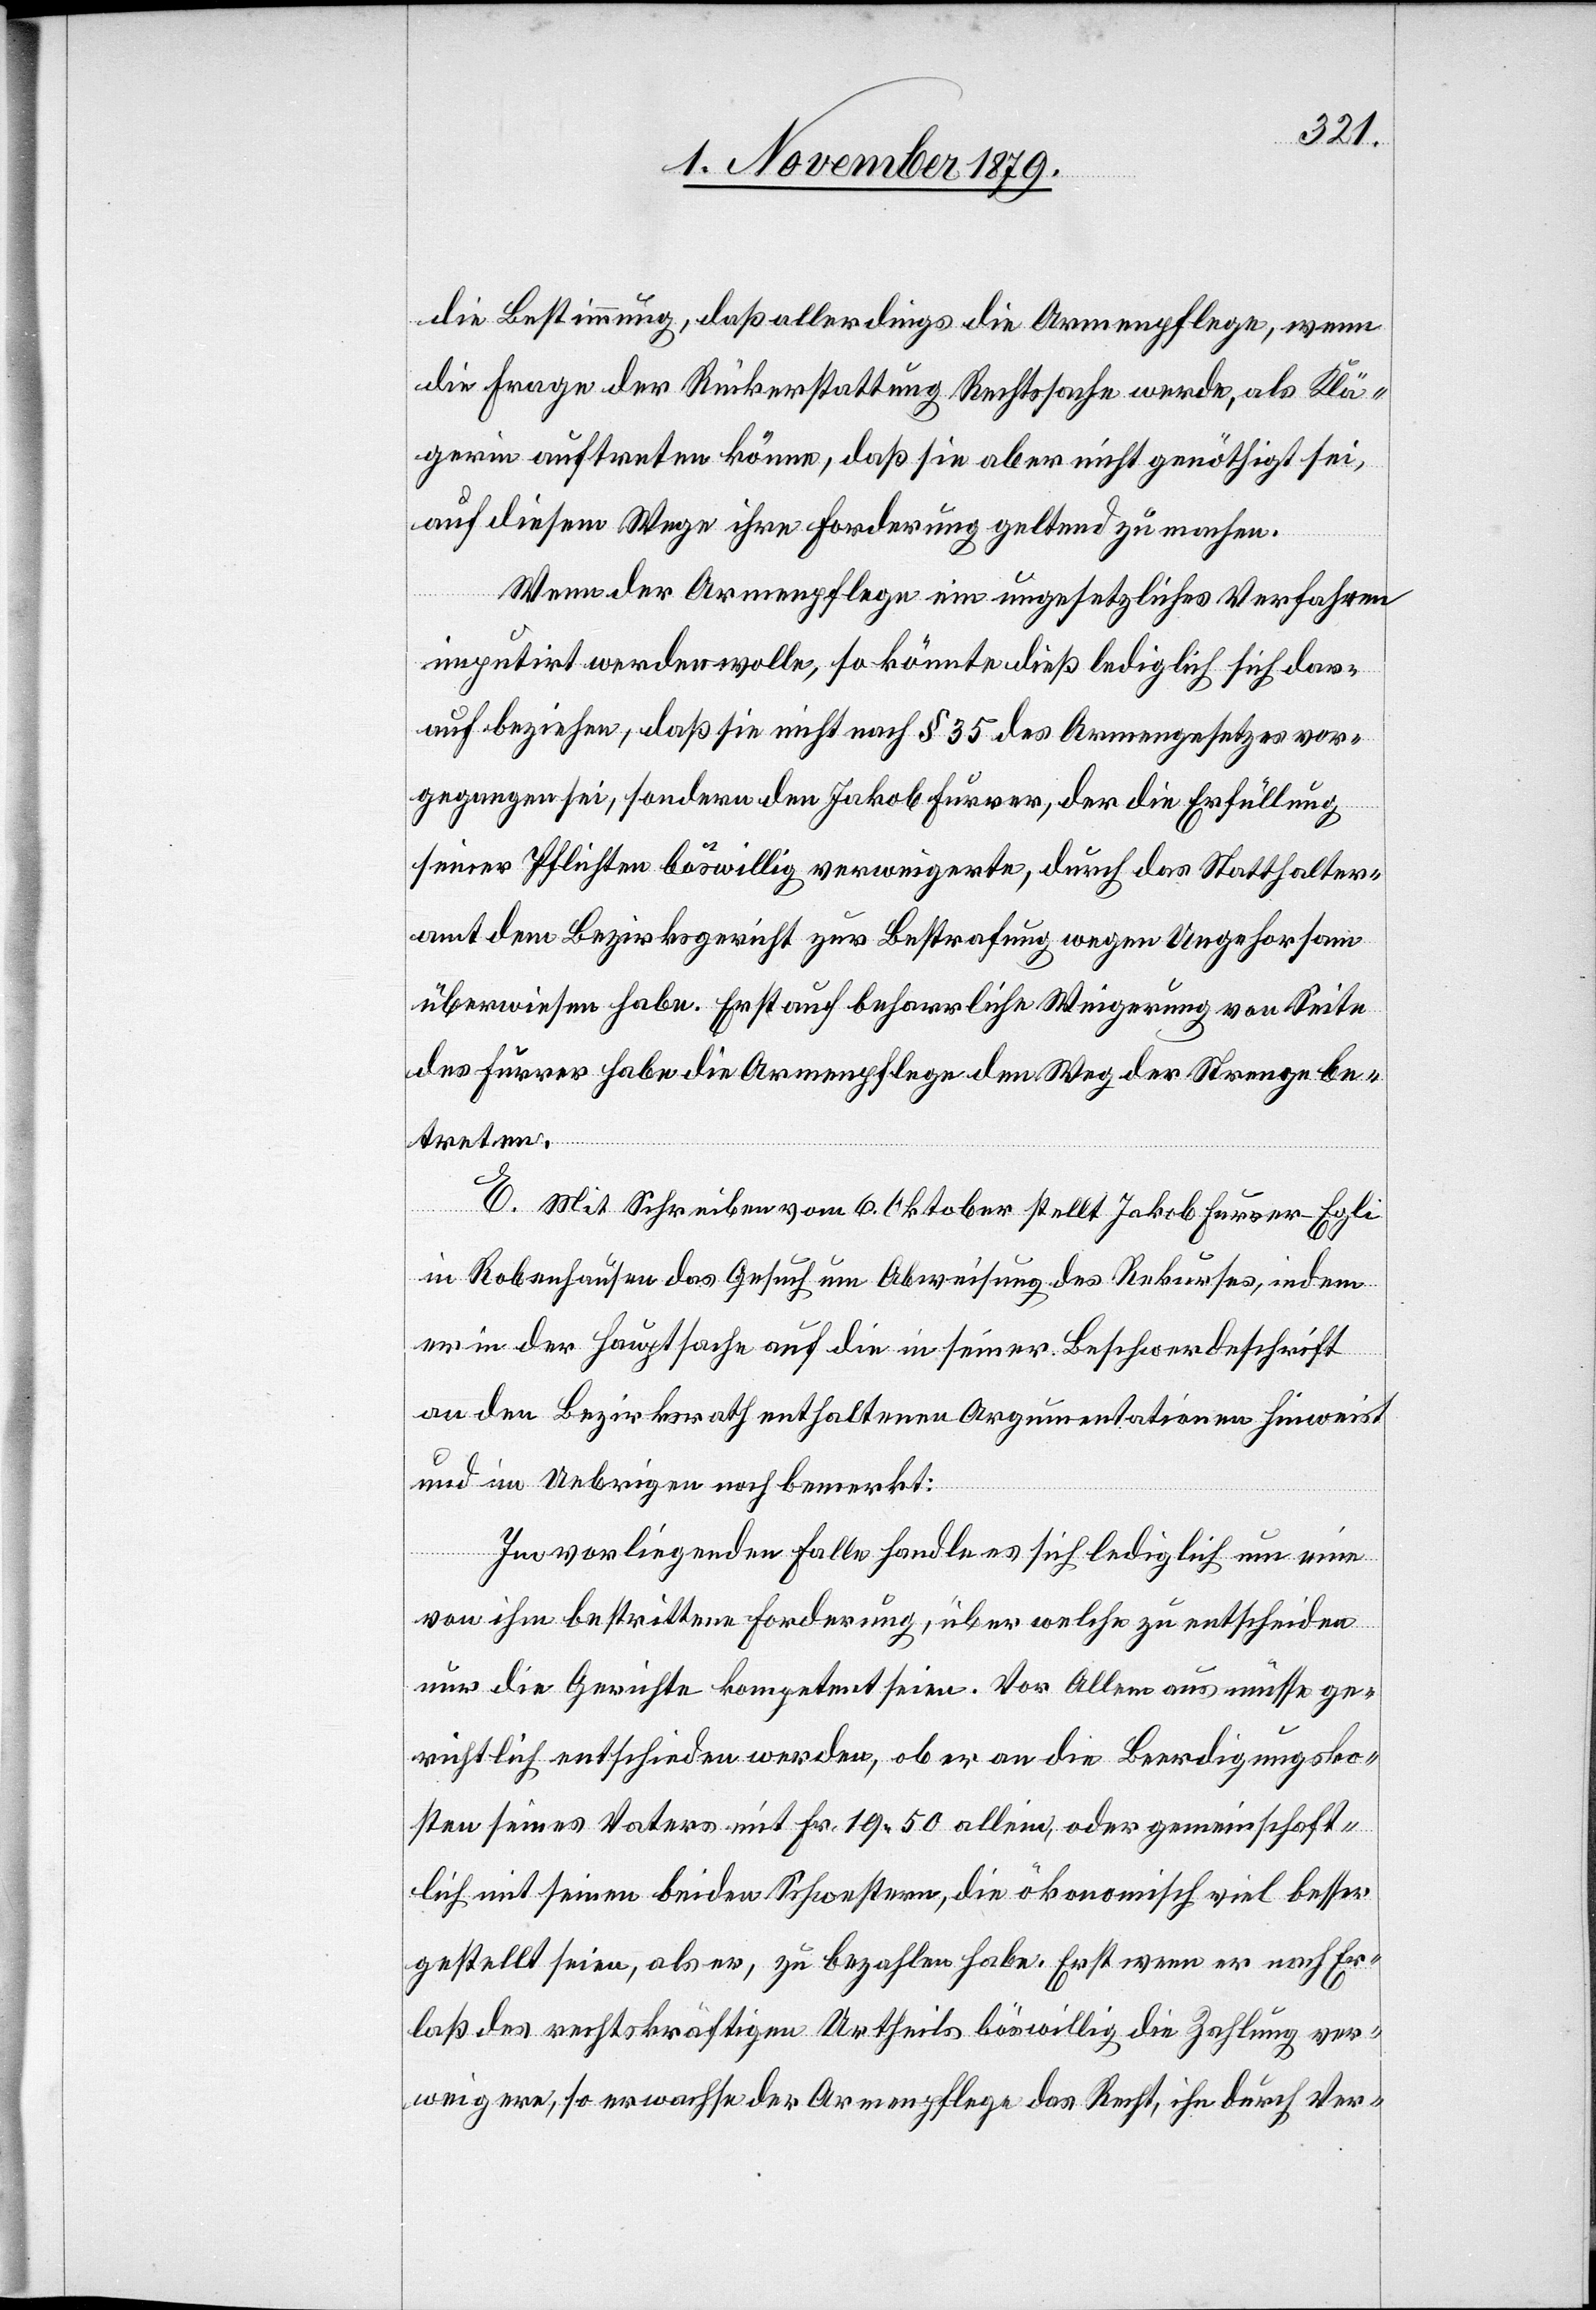
die Bestimmung, daß allerdings die Armenpflege, wenn
die Frage der Rückerstattung Rechtssache werde, als Klä¬
gerin auftreten könne, daß sie aber nicht genöthigt sei,
auf diesem Wege ihre Forderung geltend zu machen.
Wenn der Armenpflege ein ungesetzliches Verfahren
imputirt werden wolle, so könnte dieß lediglich sich dar¬
auf beziehen, daß sie nicht nach § 35 des Armengesetzes vor¬
gegangen sei, sondern den Jakob Furrer, der die Erfüllung
seiner Pflichten böswillig verweigerte, durch das Statthalter¬
amt dem Bezirksgericht zur Bestrafung wegen Ungehorsam
überwiesen habe. Erst auf beharrliche Weigerung von Seit¬
e Furrer habe die Armenpflege den Weg der Strenge be¬
treten.
E. Mit Schreiben vom 6. Oktober stellt Jakob Furrer-Egli
in Robenhausen das Gesuch um Abweisung des Rekurses, indem
er in der Hauptsache auf die in seiner Beschwerdeschrift
an den Bezirksrath enthaltenen Argumentationen hinweist
und im Uebrigen noch bemerkt:
Im vorliegenden Falle handle es sich lediglich um eine
von ihm bestrittene Forderung, über welche zu entscheiden
nur die Gerichte kompetent seien. Vor Allem aus müsse ge¬
richtlich entschieden werden, ob er an die Beerdigungsko¬
sten seines Vaters mit Fr. 19.50 alleine, oder gemeinschaft¬
lich mit seinen beiden Schwestern, die ökonomisch viel besser
gestellt seien, als er, zu bezahlen habe. Erst wenn er nach Er¬
laß des rechtskräftigen Urtheils böswillig die Zahlung ver¬
weigere, so erwachse der Armenpflege das Recht, ihn durch Ver-